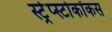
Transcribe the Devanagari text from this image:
स्ट्रेप्स्टोकॉकस